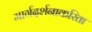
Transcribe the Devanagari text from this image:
मार्गदर्शनाकरिता